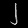
Digit: ၂